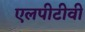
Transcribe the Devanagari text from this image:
एलपीटीवी